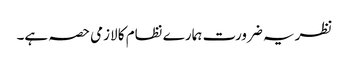
نظریہ ضرورت ہمارے نظام کا لازمی حصہ ہے۔